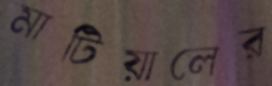
মাটিয়ালের